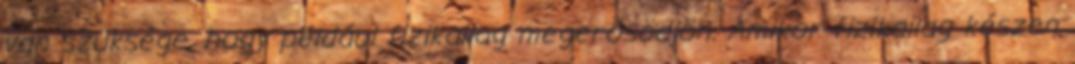
van szüksége, hogy például fizikailag megerősödjön. Amikor fizikailag készen